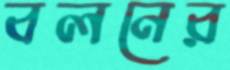
বলনের